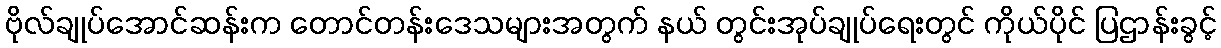
ဗိုလ်ချုပ်အောင်ဆန်းက တောင်တန်းဒေသများအတွက် နယ် တွင်းအုပ်ချုပ်ရေးတွင် ကိုယ်ပိုင် ပြဌာန်းခွင့်